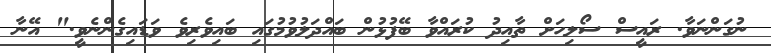
ނުގަންނަވާ. ރައީސް ސޯލިހަށް ތާއިދު ކުރައްވާ ބޭފުޅުން ބައްދަލުވުމުގައި ބައިވެރިވެ ވަޑައިގެންނެވީ." އޭނާ